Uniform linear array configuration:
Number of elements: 4
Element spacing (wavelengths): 1
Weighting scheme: hamming
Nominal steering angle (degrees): -30
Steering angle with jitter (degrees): -31.975
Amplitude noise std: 0.05
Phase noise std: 0.05

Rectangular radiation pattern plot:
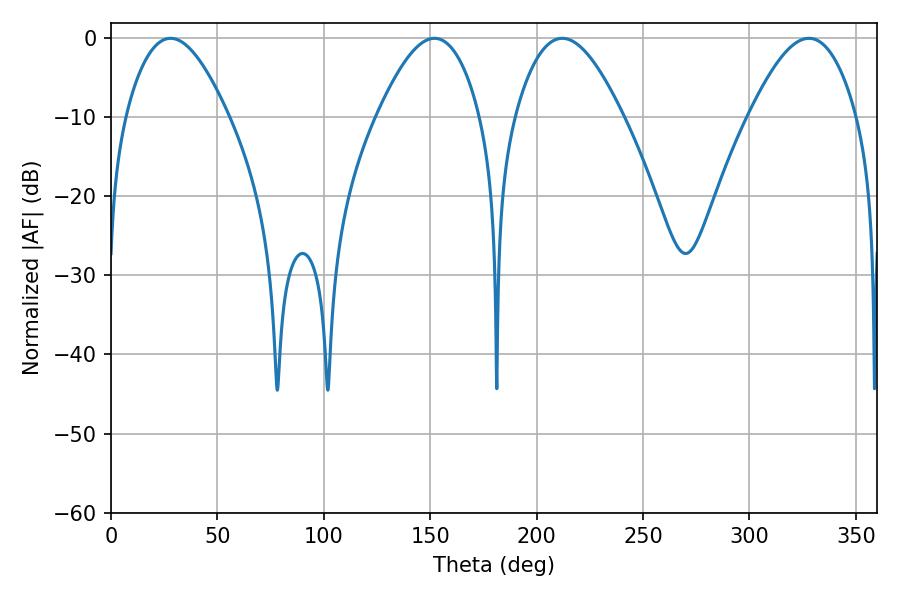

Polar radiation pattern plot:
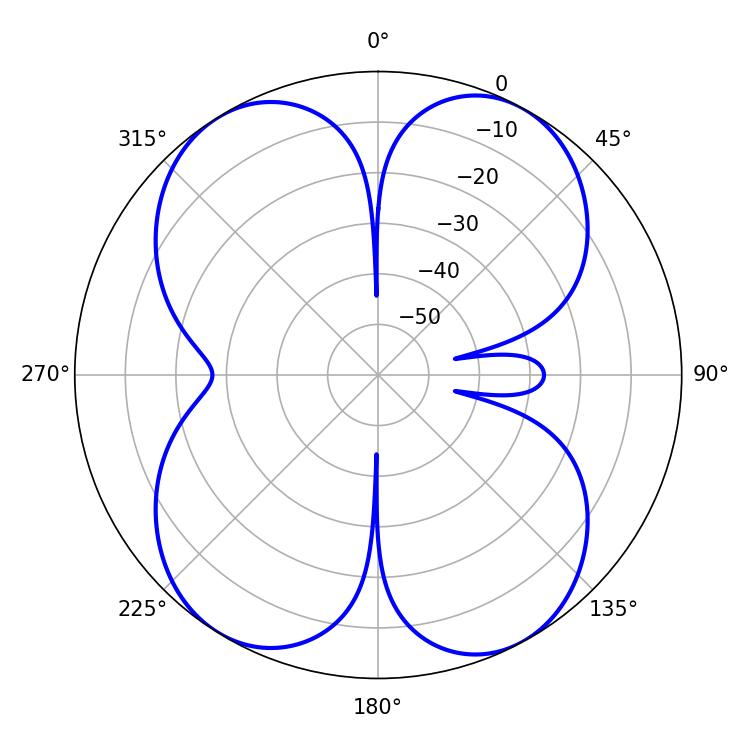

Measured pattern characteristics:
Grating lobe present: TRUE
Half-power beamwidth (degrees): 27.54
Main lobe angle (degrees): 212.04